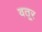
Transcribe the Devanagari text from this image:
वतूर